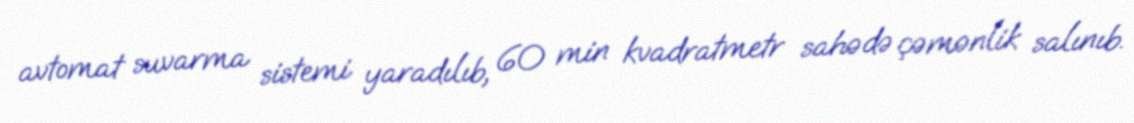
avtomat suvarma sistemi yaradılıb, 60 min kvadratmetr sahədə çəmənlik salınıb.